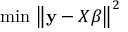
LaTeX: \operatorname { \, m i n } \, { \big \| } \mathbf { y } - X { \boldsymbol { \beta } } { \big \| } ^ { 2 }